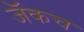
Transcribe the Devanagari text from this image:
जॅकच